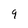
Character: 9